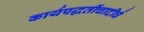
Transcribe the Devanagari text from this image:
कार्यपद्धतींचादीर्घ